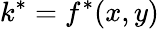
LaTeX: k^{*}=f^{*}(x,y)